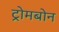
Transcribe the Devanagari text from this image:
ट्रोमबोन